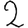
Digit: 2